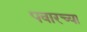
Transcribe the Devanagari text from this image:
पवारच्या